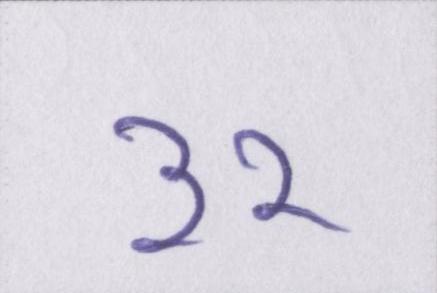
३२